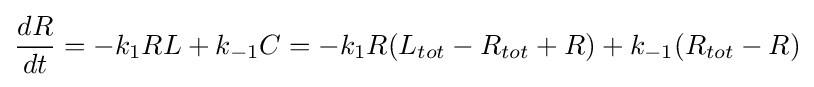
{\frac {dR}{dt}}=-k_{1}RL+k_{-1}C=-k_{1}R(L_{tot}-R_{tot}+R)+k_{-1}(R_{tot}-R)